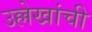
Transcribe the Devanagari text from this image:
उल्लेखांची